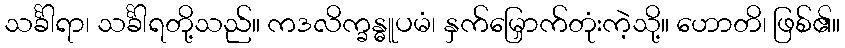
သင်္ခါရာ၊ သင်္ခါရတို့သည်။ ကဒလိက္ခန္ဓူပမံ၊ နှက်မြှောက်တုံးကဲ့သို့။ ဟောတိ၊ ဖြစ်၏။